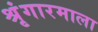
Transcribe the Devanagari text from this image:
श्रृंगारमाला